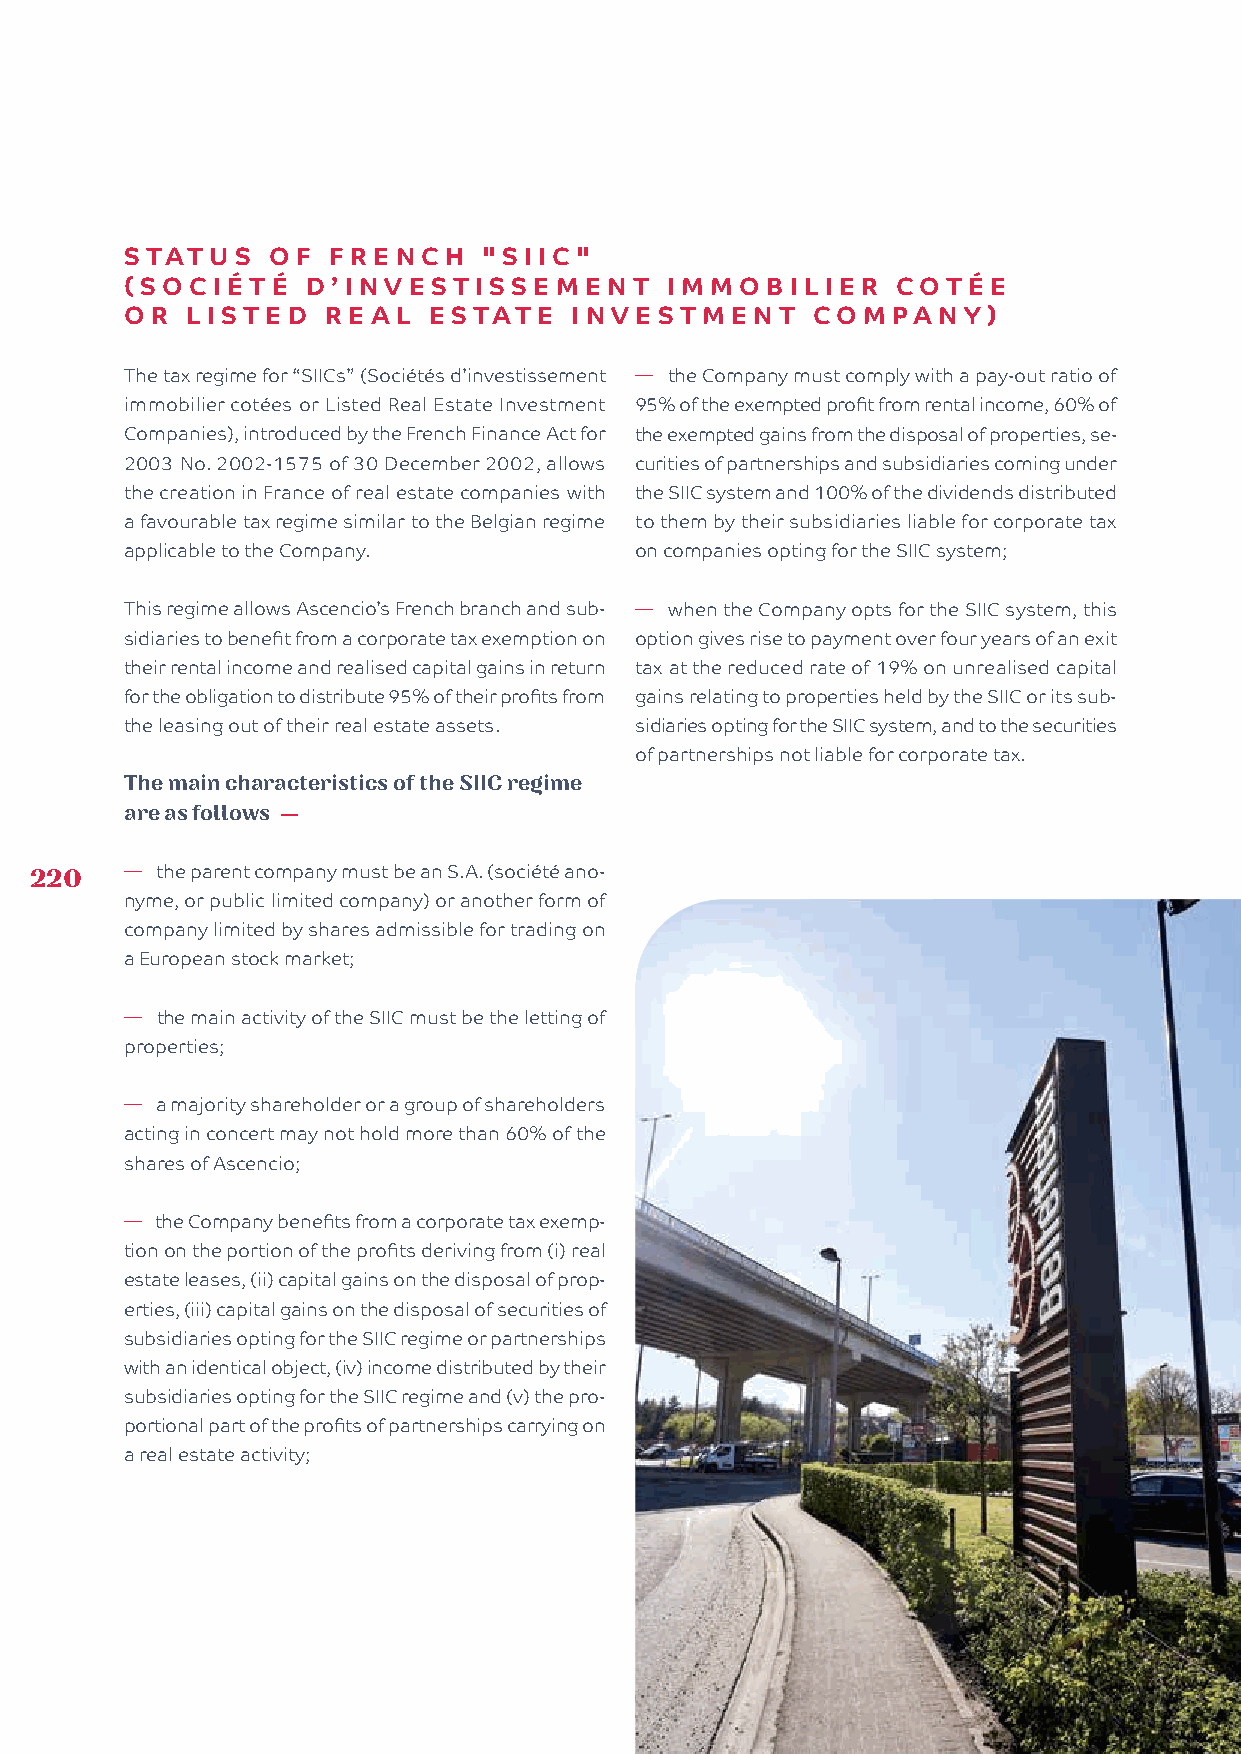
STATU   S OF  FRENCH    "SII C"
 (SOCIÉTÉ    D’INVESTISSEMENT        I MMO  BILI ER COTÉ   E
 OR  LISTED    REAL  ESTATE    I NVESTMENT     COMPANY    )
 The tax regime for “SIICs” (Sociétés d’investissement � the Company must comply with a pay-out ratio of
 immobilier cotées or Listed Real Estate Investment 95% of the exempted profit from rental income, 60% of
 Companies), introduced by the French Finance Act for the exempted gains from the disposal of properties, se-
 2003 No. 2002-1575 of 30 December 2002, allows curities of partnerships and subsidiaries coming under
 the creation in France of real estate companies with the SIIC system and 100% of the dividends distributed
 a favourable tax regime similar to the Belgian regime to them by their subsidiaries liable for corporate tax
 applicable to the Company.        on companies opting for the SIIC system;
 This regime allows Ascencio’s French branch and sub- � when the Company opts for the SIIC system, this
 sidiaries to benefit from a corporate tax exemption on option gives rise to payment over four years of an exit
 their rental income and realised capital gains in return tax at the reduced rate of 19% on unrealised capital
 for the obligation to distribute 95% of their profits from gains relating to properties held by the SIIC or its sub-
 the leasing out of their real estate assets. sidiaries opting for the SIIC system, and to the securities
 of partnerships not liable for corporate tax.
 The main characteristics of the SIIC regime
 are as follows —
 220   � the parent company must be an S.A. (société ano-
 nyme, or public limited company) or another form of
 company limited by shares admissible for trading on
 a European stock market;
 � the main activity of the SIIC must be the letting of
 properties;
 � a majority shareholder or a group of shareholders
 acting in concert may not hold more than 60% of the
 shares of Ascencio;
 � the Company benefits from a corporate tax exemp-
 tion on the portion of the profits deriving from (i) real
 estate leases, (ii) capital gains on the disposal of prop-
 erties, (iii) capital gains on the disposal of securities of
 subsidiaries opting for the SIIC regime or partnerships
 with an identical object, (iv) income distributed by their
 subsidiaries opting for the SIIC regime and (v) the pro-
 portional part of the profits of partnerships carrying on
 a real estate activity;